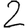
Digit: 2